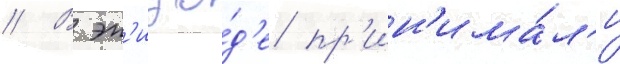
// В эп'изо́д'е пр'ин'има́л'и